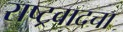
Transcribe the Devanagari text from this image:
राष्ट्रवादचा